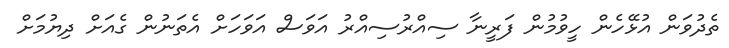
ތެދުވަން އުޅޭހެން ހީވުމުން ފަރީނާ ސިއްރުސިއްރު އަވަސް އަވަހަށް އެތަނުން ގެއަށް ދިޔުމަށް